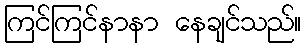
ကြင်ကြင်နာနာ နေချင်သည်။